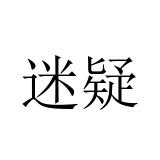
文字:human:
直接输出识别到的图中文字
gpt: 迷疑